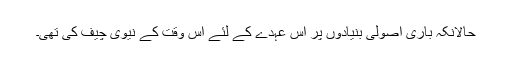
حالانکہ باری اصولی بنیادوں پر اس عہدے کے لئے اس وقت کے نیوی چیف کی تھی۔